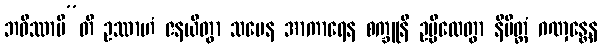
ဘဝိဿာမီ”တိ ဥဿာဟံ ဇနယိတွာ သမေန အာကာရေန စက္ခူနိ ဥမ္မီလေတွာ နိမိတ္တံ ဂဏှန္တေန